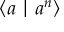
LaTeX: \langle a \mid a ^ { n } \rangle